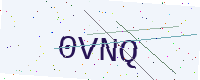
Text: 0VNQ